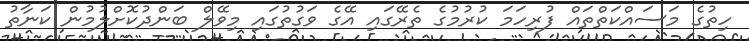
ހިތުގެ މަސައްކަތްތައް ފުރިހަމަ ކުރުމުގެ ތެރޭގައި އޭގެ ވަގުތުގައި މިވޭލް ބަންދުކޮށްލުމުން ކަނާތު